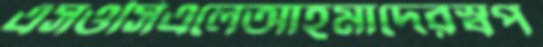
এসওসিএলেআহমাদেরস্বপ